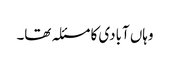
وہاں آبادی کا مسئلہ تھا۔